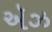
ઍઝ